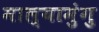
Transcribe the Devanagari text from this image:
माल्यामुंगु